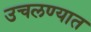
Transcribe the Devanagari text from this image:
उचलण्‍यात